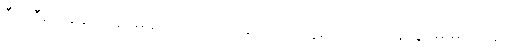
ဒီလိုဒီမျှ အခက်အခဲမျိုး ခက်သောအခါ၊ ဘယ်နေရာ ဘယ်ဌာနတွင်မှ မကြုံဘူးခဲ့၊